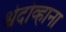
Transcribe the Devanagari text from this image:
श्वेदोव्हाना